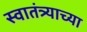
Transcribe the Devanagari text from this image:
स्‍वातंत्र्याच्‍या